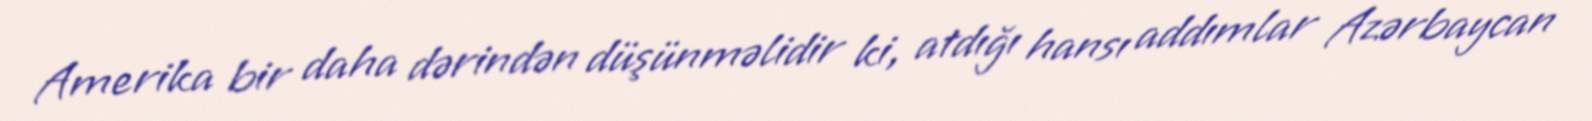
Amerika bir daha dərindən düşünməlidir ki, atdığı hansı addımlar Azərbaycan